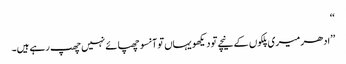
‘‘
’’ادھر میری پلکوں کے نیچے تو دیکھو یہاں تو آنسو چھپائے نہیں چھپ رہے ہیں۔